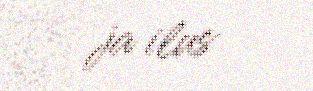
ja ilus